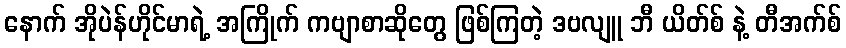
နောက် အိုပဲန်ဟိုင်မာရဲ့ အကြိုက် ကဗျာစာဆိုတွေ ဖြစ်ကြတဲ့ ဒဗလျူ ဘီ ယိတ်စ် နဲ့ တီအက်စ်